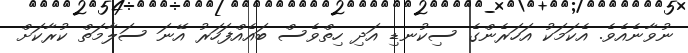
ނުވާނެއެވެ. އެކަމަކު އަހަރެންގެ ސިކުނޑި އަދި ހިތްވެސް ބައެއްފަހަރު އޭނަ ސަލާމަތް ކުރާކަށް